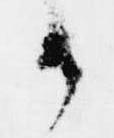
候